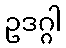
ဥဒဂ္ဂါ